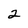
Character: 2